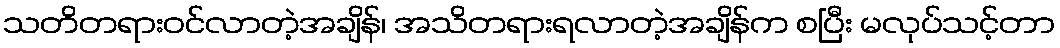
သတိတရားဝင်လာတဲ့အချိန်၊ အသိတရားရလာတဲ့အချိန်က စပြီး မလုပ်သင့်တာ